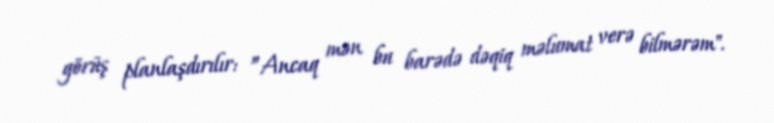
görüş planlaşdırılır: ”Ancaq mən bu barədə dəqiq məlumat verə bilmərəm".